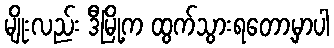
မျိုးလည်း ဒီမြို့က ထွက်သွားရတော့မှာပါ